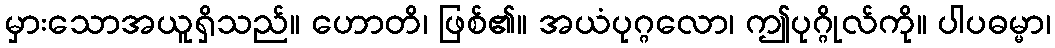
မှားသောအယူရှိသည်။ ဟောတိ၊ ဖြစ်၏။ အယံပုဂ္ဂလော၊ ဤပုဂ္ဂိုလ်ကို။ ပါပဓမ္မာ၊